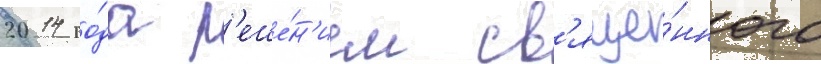
2014 го́да р'еше́н'ием св'яще́нного